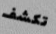
تكشف